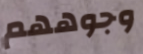
وجوههم